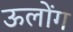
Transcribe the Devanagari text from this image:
ऊलोंग